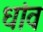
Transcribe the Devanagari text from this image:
धांव